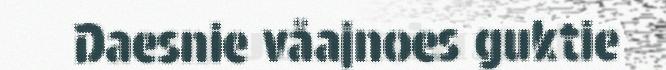
Daesnie våajnoes guktie